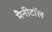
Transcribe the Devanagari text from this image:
मैनीटॉल